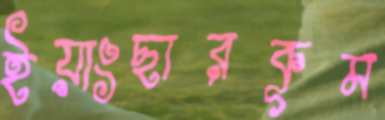
ইয়াংছারকূম